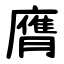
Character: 膺